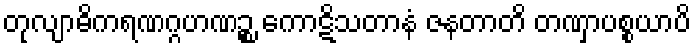
တုလျာဓိကရဏဂ္ဂဟဏဉ္စ ကောဋိသတာနံ ဇနတာတိ တဏှာပစ္စယာပိ